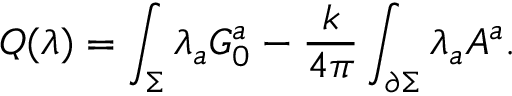
Q ( \lambda ) = \int _ { \Sigma } \lambda _ { a } G _ { 0 } ^ { a } - { \frac { k } { 4 \pi } } \int _ { \partial \Sigma } \lambda _ { a } A ^ { a } .